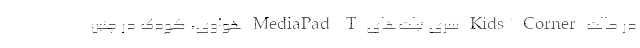
در حالت Kids’ Corner سری تبلت‌های MediaPad T هوآوی، کودک در چنین